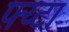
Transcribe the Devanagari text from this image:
फ्य्टा